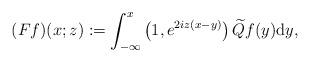
LaTeX: \begin{align*}(Ff)(x;z):=\int_{-\infty}^x\left(1,e^{2iz(x-y)}\right)\widetilde{Q} f(y)\mathrm{d}y,\end{align*}